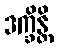
ဒက္ခိန္တိ